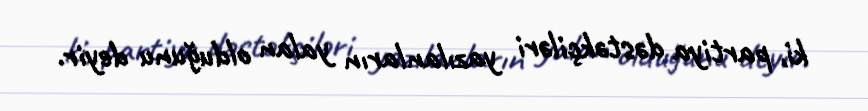
ki, partiya dəstəkçiləri yazılanların yalan olduğunu deyir.